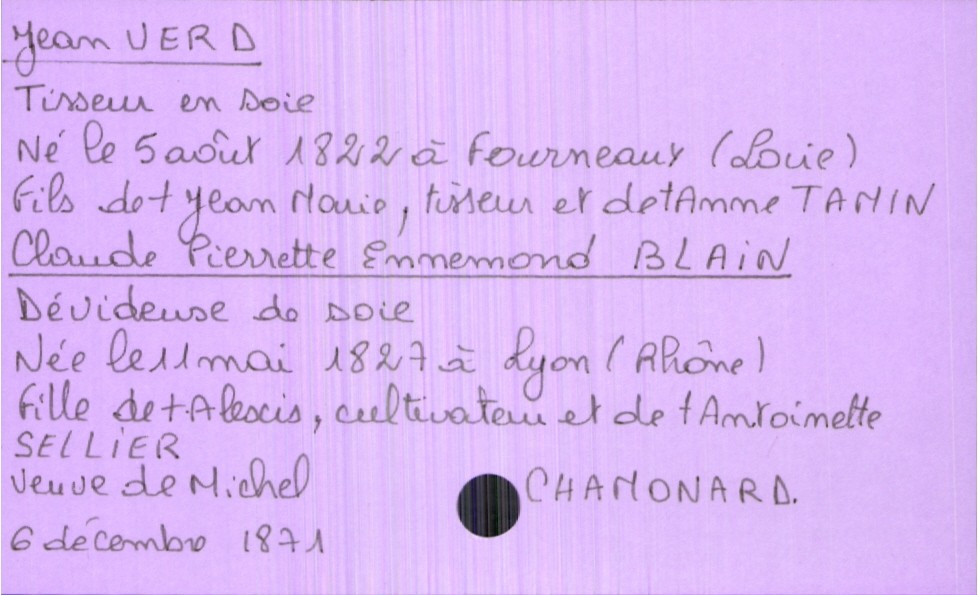
type_acte: Mariage
année: 1871
mois: décembre
jour: 6
marié_nom: Verd
marié_prénom: Jean
marié_profession: tisseur en soie
marié_date_de_naissance: 5 août 1822
marié_lieu_de_naissance: Fourneaux (Loire)
père_marié_nom: Verd
père_marié_prénom: Jean Marie
père_marié_profession: tisseur
père_marié_statut: décédé
mère_marié_nom: Tamin
mère_marié_prénom: Anne
mère_marié_statut: décédée
mariée_nom: Blain
mariée_prénom: Claude Pierrette Ennemond
mariée_profession: dévideuse de soie
mariée_date_de_naissance: 11 mai 1827
mariée_lieu_de_naissance: Lyon (Rhône)
mariée_statut: veuve
père_mariée_nom: Blain
père_mariée_prénom: Alexis
père_mariée_profession: cultivateur
père_mariée_statut: décédé
mère_mariée_nom: Sellier
mère_mariée_prénom: Antoinette
mère_mariée_statut: décédée